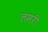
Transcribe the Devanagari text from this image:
लमरी